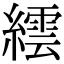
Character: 繧